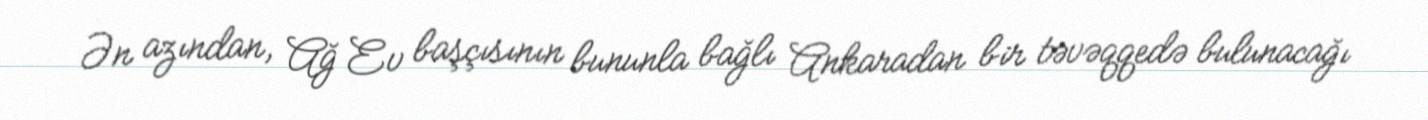
Ən azından, Ağ Ev başçısının bununla bağlı Ankaradan bir təvəqqedə bulunacağı